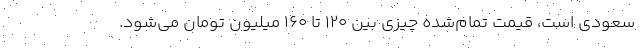
سعودی است، قیمت تمام‌شده چیزی بین ۱۲۰ تا ۱۶۰ میلیون تومان می‌شود.